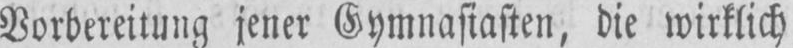
Vorbereitung jener Gymnasiasten, die wirklich